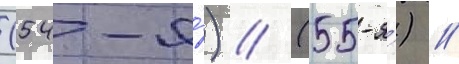
(54-я́) // (55-я́) //